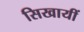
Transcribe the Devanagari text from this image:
सिखायीं